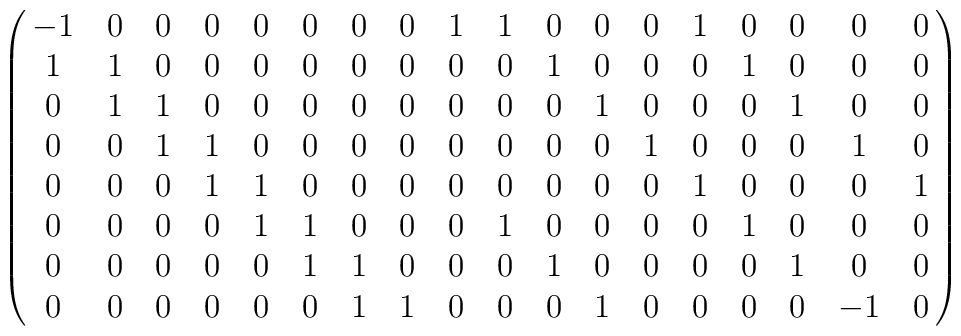
\pmatrix{ -1 & 0 & 0 & 0 & 0 & 0 & 0 & 0 & 1 & \-1 & 0 & 0 & 0 & 1 & 0 & 0 & 0 & 0 \cr 1 & \-1 & 0 & 0 & 0 & 0 & 0 & 0 & 0 & 0 & \-1 & 0 & 0 & 0 & 1 & 0 & 0 & 0 \cr 0 & 1 & \-1 & 0 & 0 & 0 & 0 & 0 & 0 & 0 & 0 & \-1 & 0 & 0 & 0 & 1 & 0 & 0 \cr 0 & 0 & 1 & \-1 & 0 & 0 & 0 & 0 & 0 & 0 & 0 & 0 & \-1 & 0 & 0 & 0 & 1 & 0 \cr 0 & 0 & 0 & 1 & \-1 & 0 & 0 & 0 & 0 & 0 & 0 & 0 & 0 & \-1 & 0 & 0 & 0 & 1 \cr 0 & 0 & 0 & 0 & 1 & \-1 & 0 & 0 & 0 & 1 & 0 & 0 & 0 & 0 & \-1 & 0 & 0 & 0 \cr 0 & 0 & 0 & 0 & 0 & 1 & \-1 & 0 & 0 & 0 & 1 & 0 & 0 & 0 & 0 & \-1 & 0 & 0 \cr 0 & 0 & 0 & 0 & 0 & 0 & 1 & \-1 & 0 & 0 & 0 & 1 & 0 & 0 & 0 & 0 & -1 & 0 \cr  }